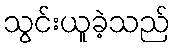
သွင်းယူခဲ့သည်